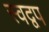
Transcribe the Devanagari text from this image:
स्वद्वप